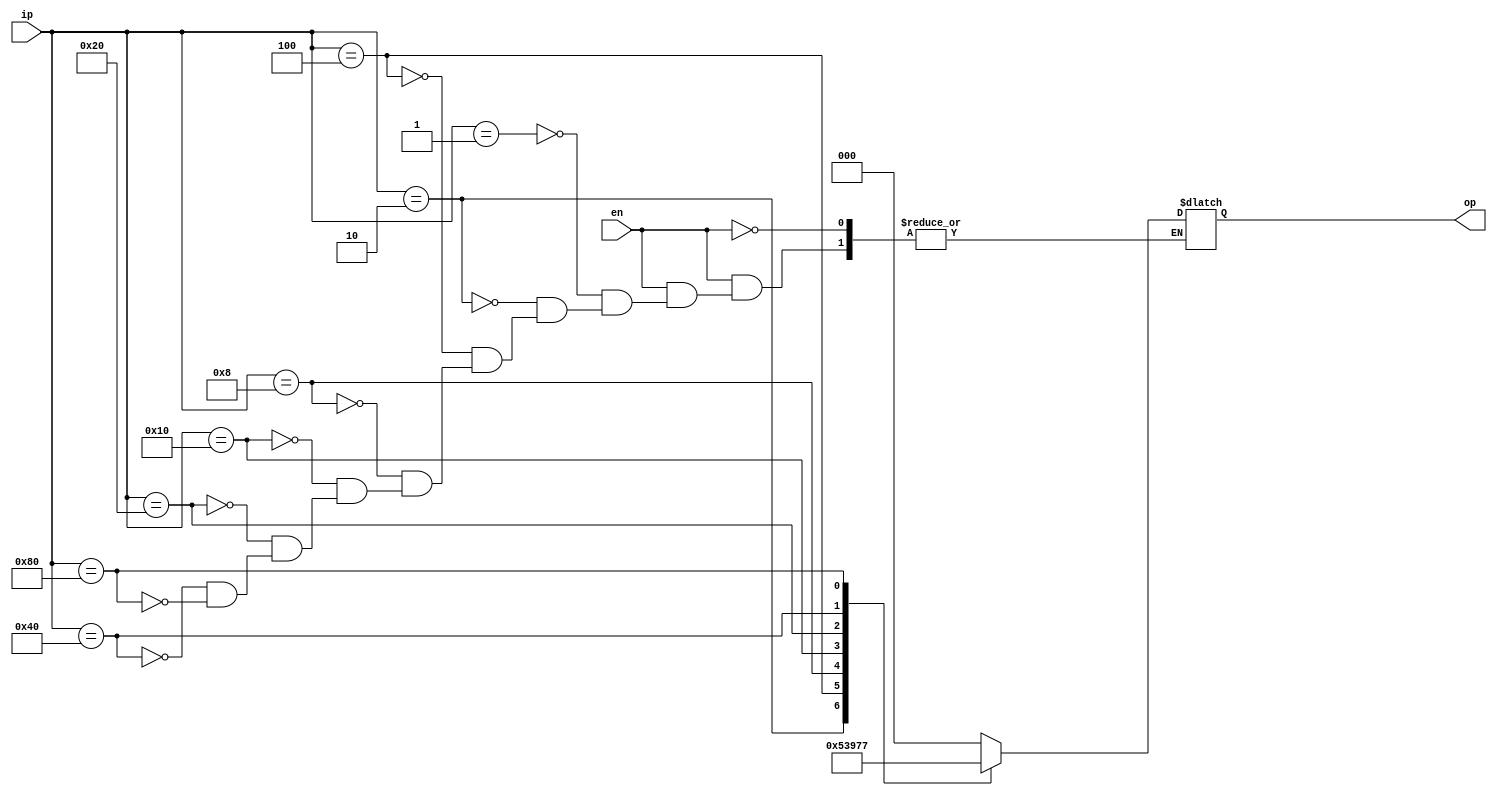
module enc_impl(output [2:0] op,
                input  [7:0] ip,
                input        en);

    reg [2:0] op;

    always @(ip or en) begin
        if (en) begin
            case (ip)
                8'h01: op = 3'b000;
                8'h02: op = 3'b001;
                8'h04: op = 3'b010;
                8'h08: op = 3'b011;
                8'h10: op = 3'b100;
                8'h20: op = 3'b101;
                8'h40: op = 3'b110;
                8'h80: op = 3'b111;
            endcase
        end
    end
endmodule